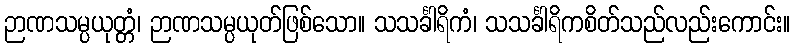
ဉာဏသမ္ပယုတ္တံ၊ ဉာဏသမ္ပယုတ်ဖြစ်သော။ သသင်္ခါရိကံ၊ သသင်္ခါရိကစိတ်သည်လည်းကောင်း။